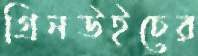
গ্রিনউইচের